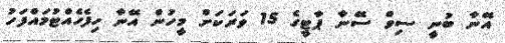
އޭނާ ބުނީ ސިވް ސޭނާ ޕާޓީގެ 15 ވަރަކަށް މީހުން އޭނާ ހިފެހެއްޓުމައްފަހު